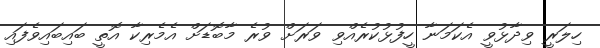
ހިލަރީ ވިދާޅުވީ އެކަމަނާ ހީފުޅުކުރެއްވި ވަރަށް ވުރެ މާބޮޑަށް އެމެރިކާ އޮތީ ބައިބައިވެފައި